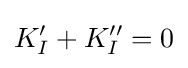
K'_{I}+K''_{I}=0